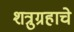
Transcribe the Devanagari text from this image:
शत्रुग्रहाचे